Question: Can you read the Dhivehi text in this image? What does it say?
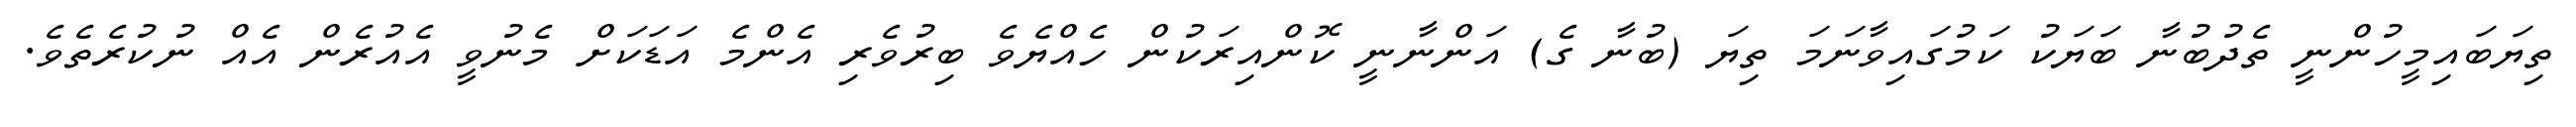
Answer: ތިޔަބައިމީހުންނީ ތެދުބުނާ ބަޔަކު ކަމުގައިވާނަމަ ތިޔަ (ބުނާ ގެ) އަންނާނީ ކޮންއިރަކުން ހެއްޔެވެ ބިރުވެރި އެންމެ އަޑަކަށް މެނުވީ އެއުރެން އެއް ނުކުރެތެވެ.